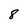
Character: 8